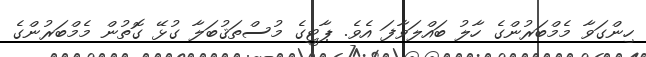
ހިންގަވާ މެމްބަރުންގެ ހާލު ބައްލަވާފަ އެވެ. ޕާޓީގެ މުސްތަޤުބަލާ ގުޅޭ ގޮތުން މެމްބަރުންގެ